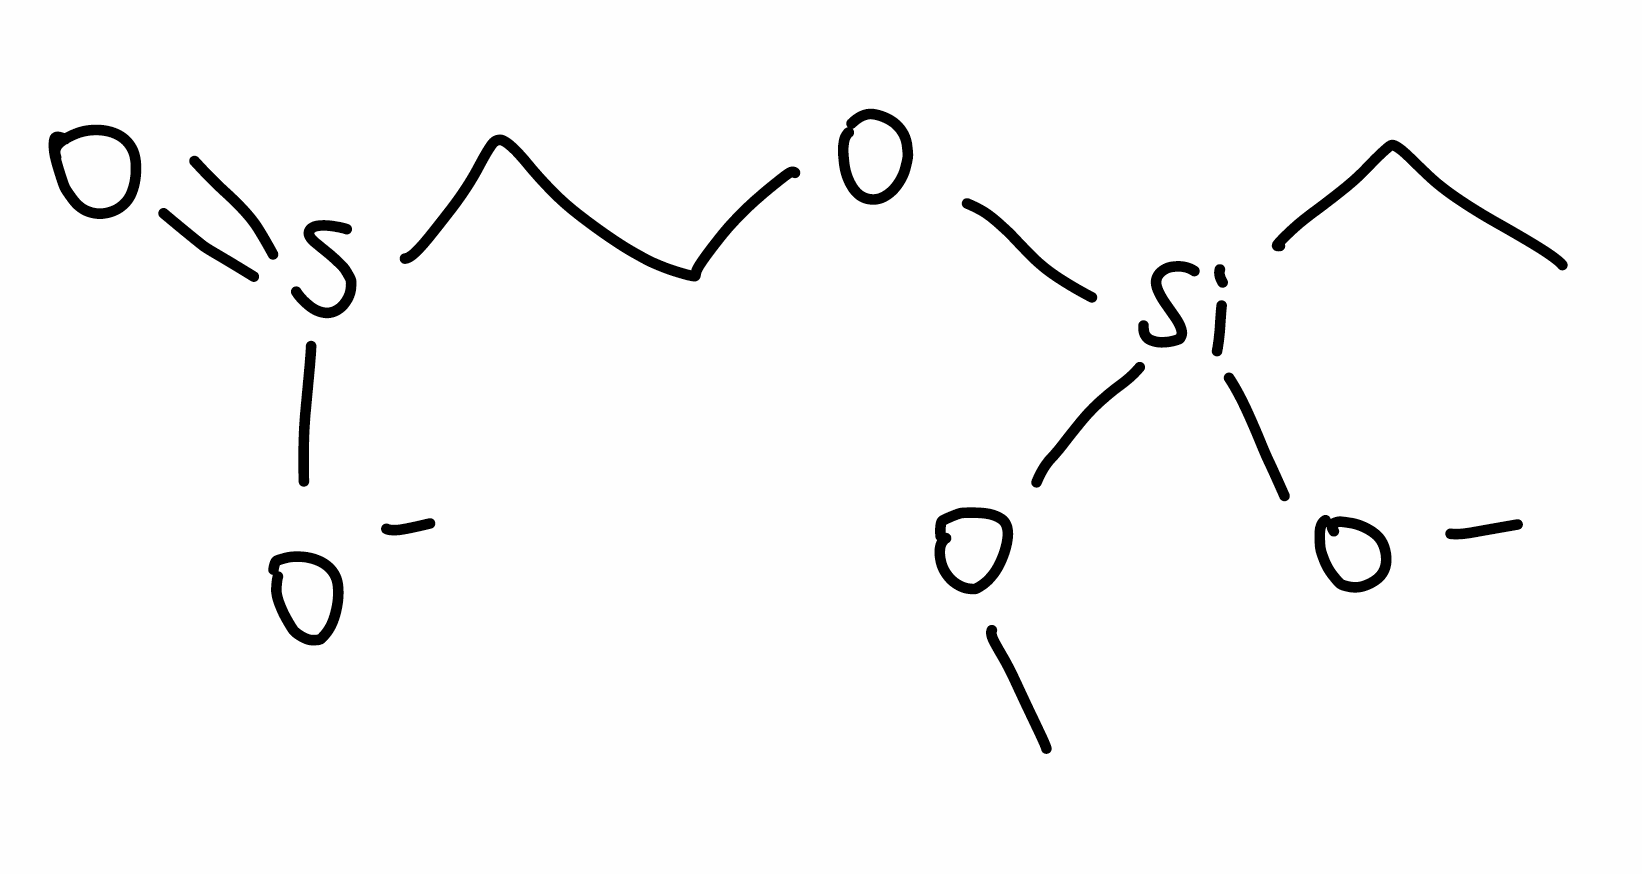
Simplified molecular-input line-entry system (SMILES) notation of the given molecule:
CC[Si](OC)(OC)OCCS(=O)[O-]